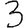
Digit: 3